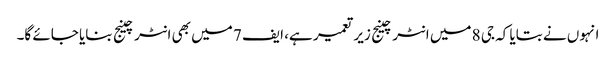
انہوں نے بتایا کہ جی 8 میں انٹرچینج زیر تعمیر ہے، ایف 7 میں بھی انٹرچینج بنایا جائے گا۔